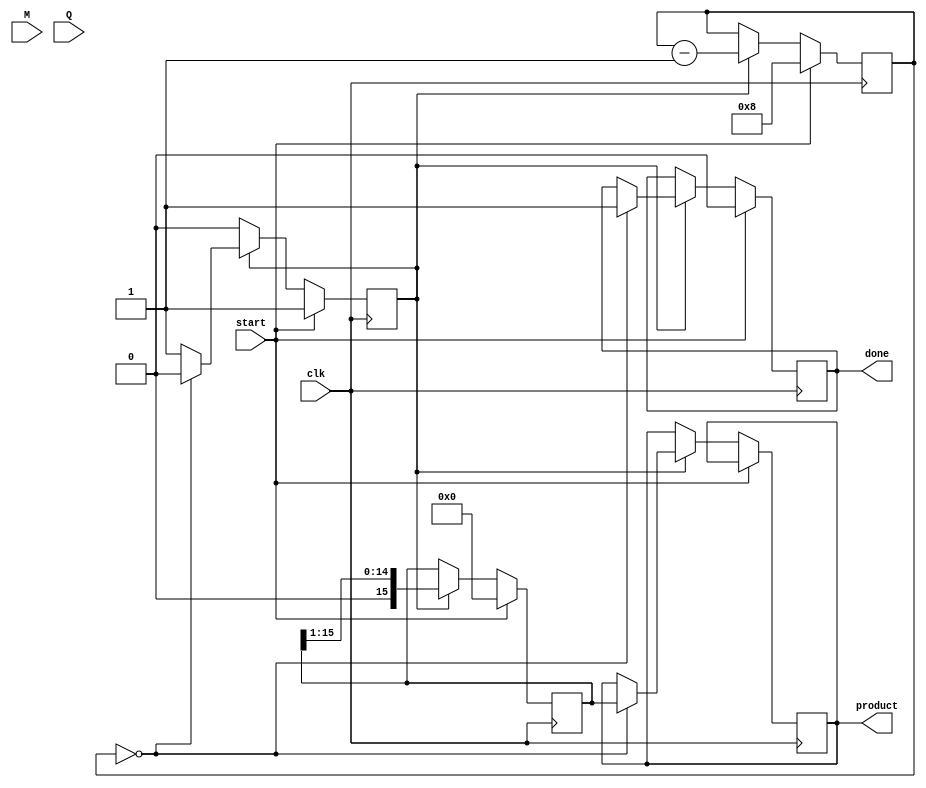
module booth_multiplier #(parameter WIDTH = 8) (
    input signed [WIDTH-1:0] M,   // Multiplicand
    input signed [WIDTH-1:0] Q,   // Multiplier
    input clk,                    // Clock Signal
    input start,                  // Start Signal
    output reg signed [2*WIDTH-1:0] product, // Product output
    output reg done               // Done signal
);
    reg signed [2*WIDTH-1:0] A;   // Accumulator
    reg [WIDTH-1:0] Q_reg;         // Multiplier register (with sign extension)
    reg Q_1;                       // Previous LSB of Q
    reg [3:0] count;               // Count for number of bits processed
    reg working;                   // Working flag to indicate state

    initial begin
        A = 0;
        product = 0;
        done = 0;
        Q_reg = 0;
        Q_1 = 0;
        count = 0;
        working = 0;
    end

    always @(posedge clk) begin
        if (start) begin
            // Initialize
            A <= 0;
            Q_reg <= Q;
            Q_1 <= 0;
            count <= WIDTH;
            working <= 1;
            done <= 0;
        end else if (working) begin
            case ({Q_reg[0], Q_1}) // Booth's decision based on Q[0] and Q_1
                2'b01: A <= A + {M, {WIDTH{1'b0}}}; // Add M to A
                2'b10: A <= A - {M, {WIDTH{1'b0}}}; // Subtract M from A
                // Do nothing for 00 and 11
            endcase

            // Shift Right: A and Q together
            {A, Q_reg} <= {A, Q_reg} >> 1;
            Q_1 <= Q_reg[0]; // Store the previous LSB

            // Decrement the count
            count <= count - 1;

            // If all bits processed
            if (count == 0) begin
                product <= A; // Store the product
                done <= 1;    // Signal that processing is done
                working <= 0;  // Stop the working process
            end
        end
    end
endmodule